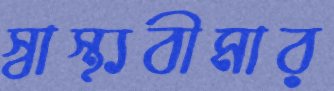
স্বাস্থ্যবীমার